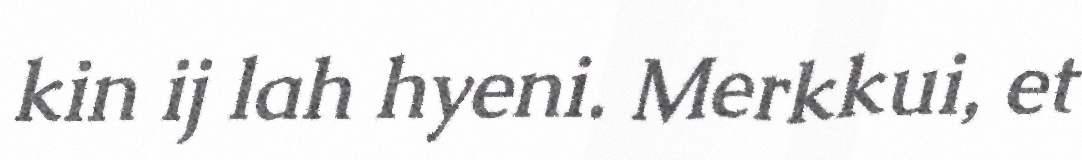
kin ij lah hyeni. Merkkui, et